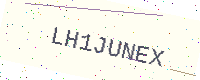
Text: LH1JUNEX